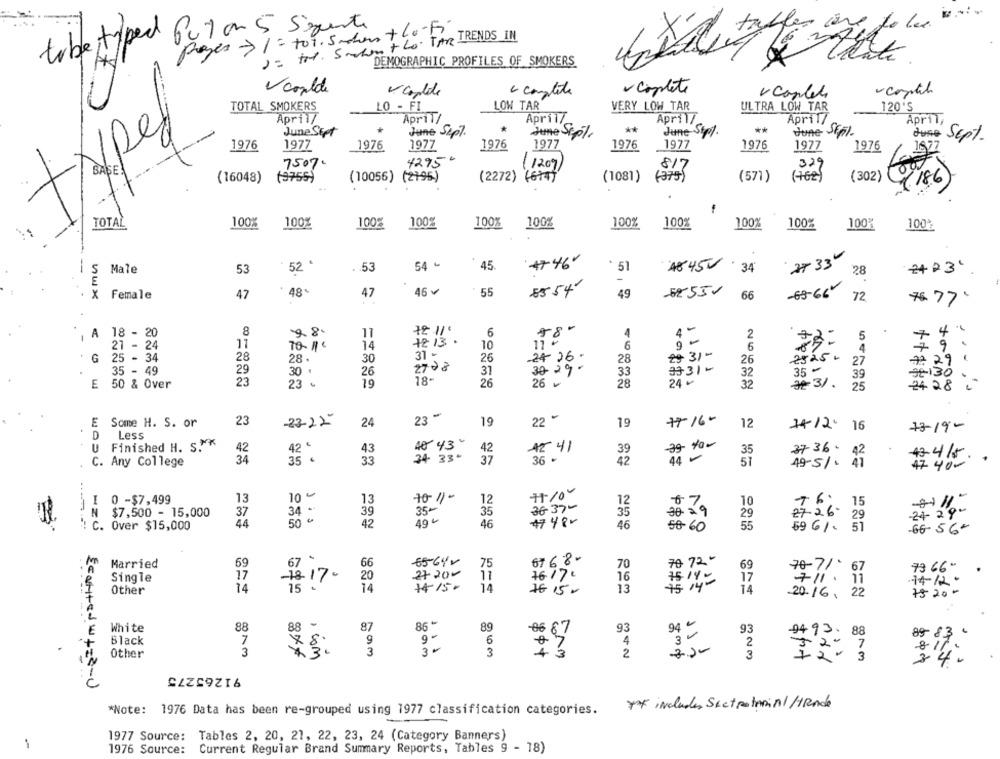
table typed Put on 5 Seguente
pages > 1 : tor. Siden + lo-Fi
1= to. Smaken + Lo. TAR TRENDS IN
DEMOGRAPHIC PROFILES OF SMOKERS
Vcoulde
V canlide
e complete
- complete
-contil
vcartel
TOTAL SMOKERS
LO - FI
LOW TAR
VERY LOW TAR
ULTRA LOW TAR
120'S
April7
Apr11/
April/
April/
April7
April,
**
typer
June Stet
June Sept.
June Sepl
June Støy.
June Jf5%.
1976
1977
1977
1977
June Sept.
1976
1977
1976
1977
1976
1976
1976
4295€
7507-
817
329
(1207)
(16048)
(9755)
(10056)
(2795)
(2272)
(1081)
(275)
(571)
(302)
(186
f
TOTAL
100%
100%
100%
100%
100%
100%
100%
100%
100%
100%
100
100
54 -
45
++46
4845
27 33
--
5
Male
53
52
53
51
34
28
++23'
-
8554
x
Female
47
48%
47
46 v
55
49
52551
66
-63-66
72
7677
, A 18 - 20
8
11
72.11.
6
58º
4
5
+2 13 .
2
21 - 24
17
70- 1.
14
10
6
6
4
28
31 -
26
G
25 - 34
28.
30
24- 26-
28
++ 31"
26
2825 -
27
7229
35 - 49
29
30 .
26
2728
31
3029-
33
3731-
35 -
18-
24-
32
39
E 50 & Over
23
23 &
19
26
26
28
32
#31. 25
## 130 ..
2428
-
E Some H. S. or
23
-23-22-
24
23
19
22 -
19
77-16-
12
14-12. 16
73-19-
D Less
U Finished H. S .**
42 '
40 43"
42
43
42
42 41
39
35
3736.
.
C. Any College
34
35
33
34- 33%
37
36 -
42
$1
51
49-51. 41
42-415 . .
47 40-
10 -
++100
I 0 -$7,499
13
13
10-11-
12
12
10
34 -
35-
36 37 -
$7
+5% 15
N $7,500 - 15,000
37
39
35
35
29
27.26-
29
34 29-
44
50
42
49 €
46
# 480
46
: C. Over $15,000
50-60
55
59 6/ 5
-66-56-
69
65-642
6768-
Married
67
66
75
70
69
70-7/ 67
Single
17
-78-17-
20
2720-
11
76/71
16
17
73 66 -
711.11
Other
14
15
74
14
76 15 +
13
14
7820-
20.16, 22
White
88
87
93
94 "
93
Black
7
9
4
2
89
3
3
...
2
Other
. com
8am
3
CZZS9ZI6
Ecoutedw+=3-U
*Note: 1976 Data has been re-grouped using 1977 classification categories. Ya includes SectRotoriAl HRAde
1977 Source: Tables 2, 20, 21, 22, 23, 24 (Category Banners)
1
1976 Source:
Current Regular Brand Summary Reports, Tables 9 - 18)